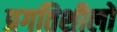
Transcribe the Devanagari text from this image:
प्रगतिशीलों